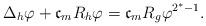
LaTeX: \begin{align*}\Delta_{h}\varphi+\mathfrak{c}_{m}R_{h}\varphi=\mathfrak{c}_{m}R_{g}\varphi^{2^{\ast}-1}. \end{align*}